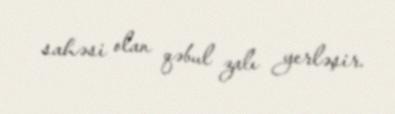
sahəsi olan qəbul zalı yerləşir.